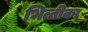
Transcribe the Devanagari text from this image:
भित्तीका